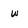
Character: w